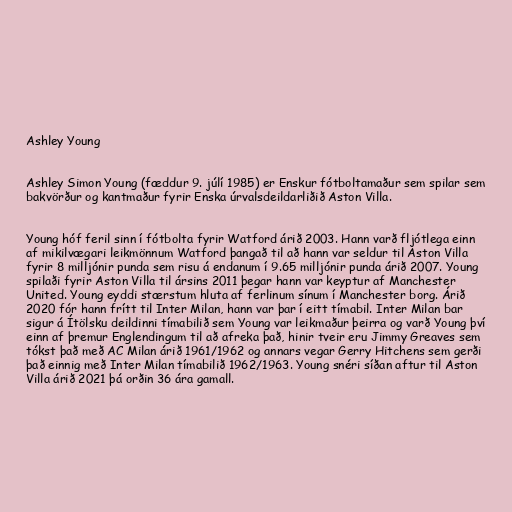
Ashley Young

Ashley Simon Young (fæddur 9. júlí 1985) er Enskur fótboltamaður sem spilar sem
bakvörður og kantmaður fyrir Enska úrvalsdeildarliðið Aston Villa.

Young hóf feril sinn í fótbolta fyrir Watford árið 2003. Hann varð fljótlega einn
af mikilvægari leikmönnum Watford þangað til að hann var seldur til Aston Villa
fyrir 8 milljónir punda sem risu á endanum í 9.65 milljónir punda árið 2007. Young
spilaði fyrir Aston Villa til ársins 2011 þegar hann var keyptur af Manchester
United. Young eyddi stærstum hluta af ferlinum sínum í Manchester borg. Árið
2020 fór hann frítt til Inter Milan, hann var þar í eitt tímabil. Inter Milan bar
sigur á Ítölsku deildinni tímabilið sem Young var leikmaður þeirra og varð Young því
einn af þremur Englendingum til að afreka það, hinir tveir eru Jimmy Greaves sem
tókst það með AC Milan árið 1961/1962 og annars vegar Gerry Hitchens sem gerði
það einnig með Inter Milan tímabilið 1962/1963. Young snéri síðan aftur til Aston
Villa árið 2021 þá orðin 36 ára gamall.